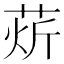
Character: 𰱘